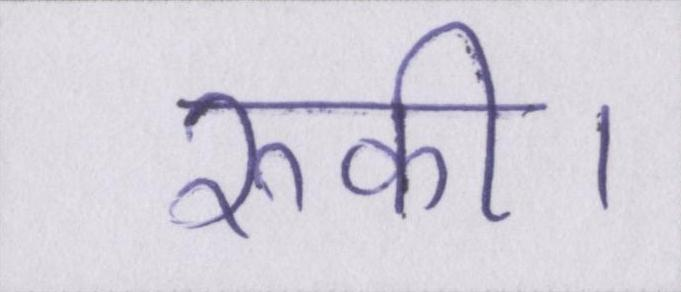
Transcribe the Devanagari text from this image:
रुकी।